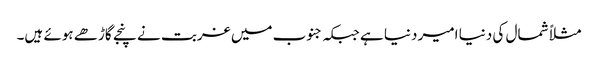
مثلاً شمال کی دنیا امیر دنیا ہے جبکہ جنوب میں غربت نے پنجے گاڑھے ہوئے ہیں۔